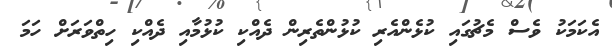
އެކަމަކު ވެސް މެޗުގައި ކުޅެންއެރި ކުޅުންތެރިން ދެއްކި ކުޅުމާއި ދެއްކި ހިތްވަރަށް ހަމަ